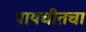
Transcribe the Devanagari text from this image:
पायचीतचा